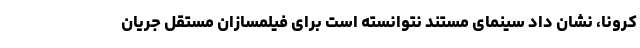
کرونا، نشان داد سینمای مستند نتوانسته است برای فیلمسازان مستقل جریان